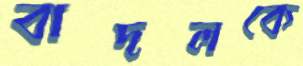
বাদলকে